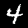
Label: 4